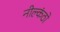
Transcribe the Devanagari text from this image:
नील्कंठो